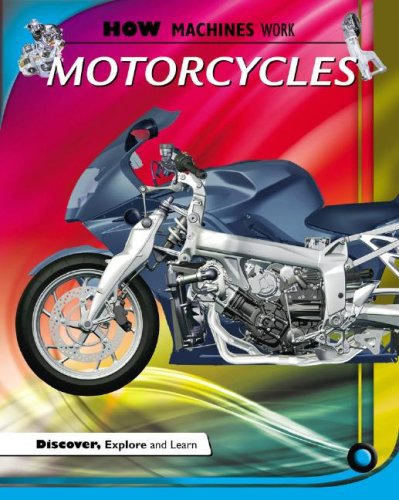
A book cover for Motorcycles (How Machines Work); Chris Oxlade; Children's Books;